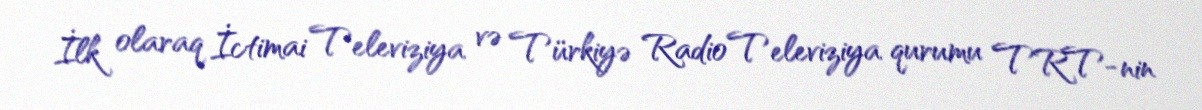
İlk olaraq İctimai Televiziya və Türkiyə Radio Televiziya qurumu TRT-nin